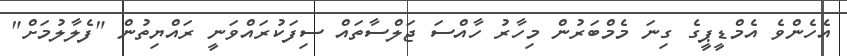
އެހެންވެ އެމްޑީޕީގެ ގިނަ މެމްބަރުން މިހާރު ހާއްސަ ޖަލްސާތައް ސިފަކުރައްވަނީ ރައްޔިތުން "ފެލާލުމަށް"